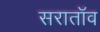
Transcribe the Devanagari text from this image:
सरातॉव